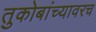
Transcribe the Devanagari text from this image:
तुकोबांच्यावरच